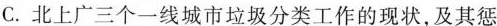
C.北上广三个一线城市垃圾分类工作的现状，及其惩